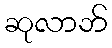
ဆုလာဘ်